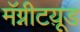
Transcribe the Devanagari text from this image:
मॅग्नीटय़ूड